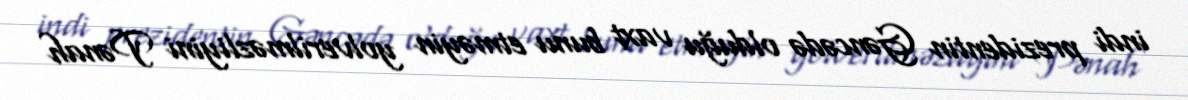
indi prezidentin Gəncədə olduğu vaxt bunu etməyin yolverilməzliyini Pənah